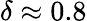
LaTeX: \delta\approx 0.8